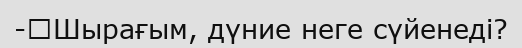
-	Шырағым, дүние неге сүйенеді?